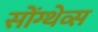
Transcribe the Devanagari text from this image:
सोंग्थेव्स